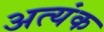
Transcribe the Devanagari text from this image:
अत्यंक